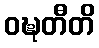
ဝဍ္ဎတီတိ